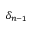
\delta _ { n - 1 }